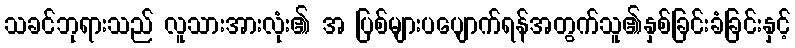
သခင်ဘုရားသည် လူသားအားလုံး၏ အ ပြစ်များပပျောက်ရန်အတွက်သူ၏နှစ်ခြင်းခံခြင်းနှင့်